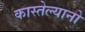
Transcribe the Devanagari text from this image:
कास्तेल्यानो